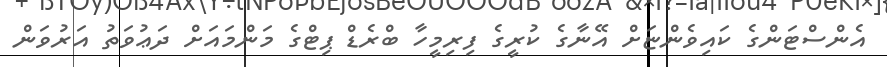
އެންސްޓަންގެ ކައިވެންޏަށް އޭނާގެ ކުރީގެ ފިރިމީހާ ބްރެޑް ޕިޓްގެ މަންމައަށް ދަޢުވަތު އަރުވަން